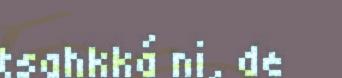
tsahkká ni, de